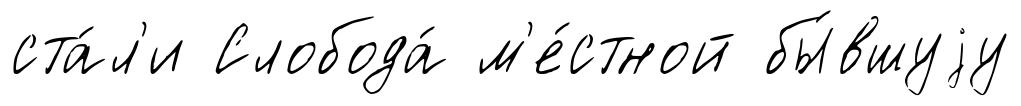
ста́л'и Слобода́ м'е́стной бы́вшуjу